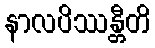
နာလပိဿန္တီတိ